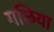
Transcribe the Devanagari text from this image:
गछिया